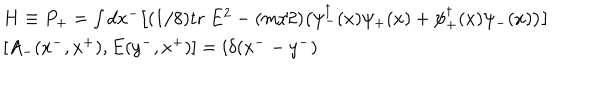
\begin{array} { l } { { H \equiv P _ { + } = \int d x ^ { - } \big [ ( 1 / 8 ) \mathrm { t r } ~ E ^ { 2 } - ( m / 2 ) \big ( \psi _ { - } ^ { \dagger } ( x ) \psi _ { + } ( x ) + \psi _ { + } ^ { \dagger } ( x ) \psi _ { - } ( x ) \big ) \big ] } } \\ { { \left[ A _ { - } ( x ^ { - } , x ^ { + } ) , E ( y ^ { - } , x ^ { + } ) \right] = i \delta ( x ^ { - } - y ^ { - } ) } } \\ \end{array}